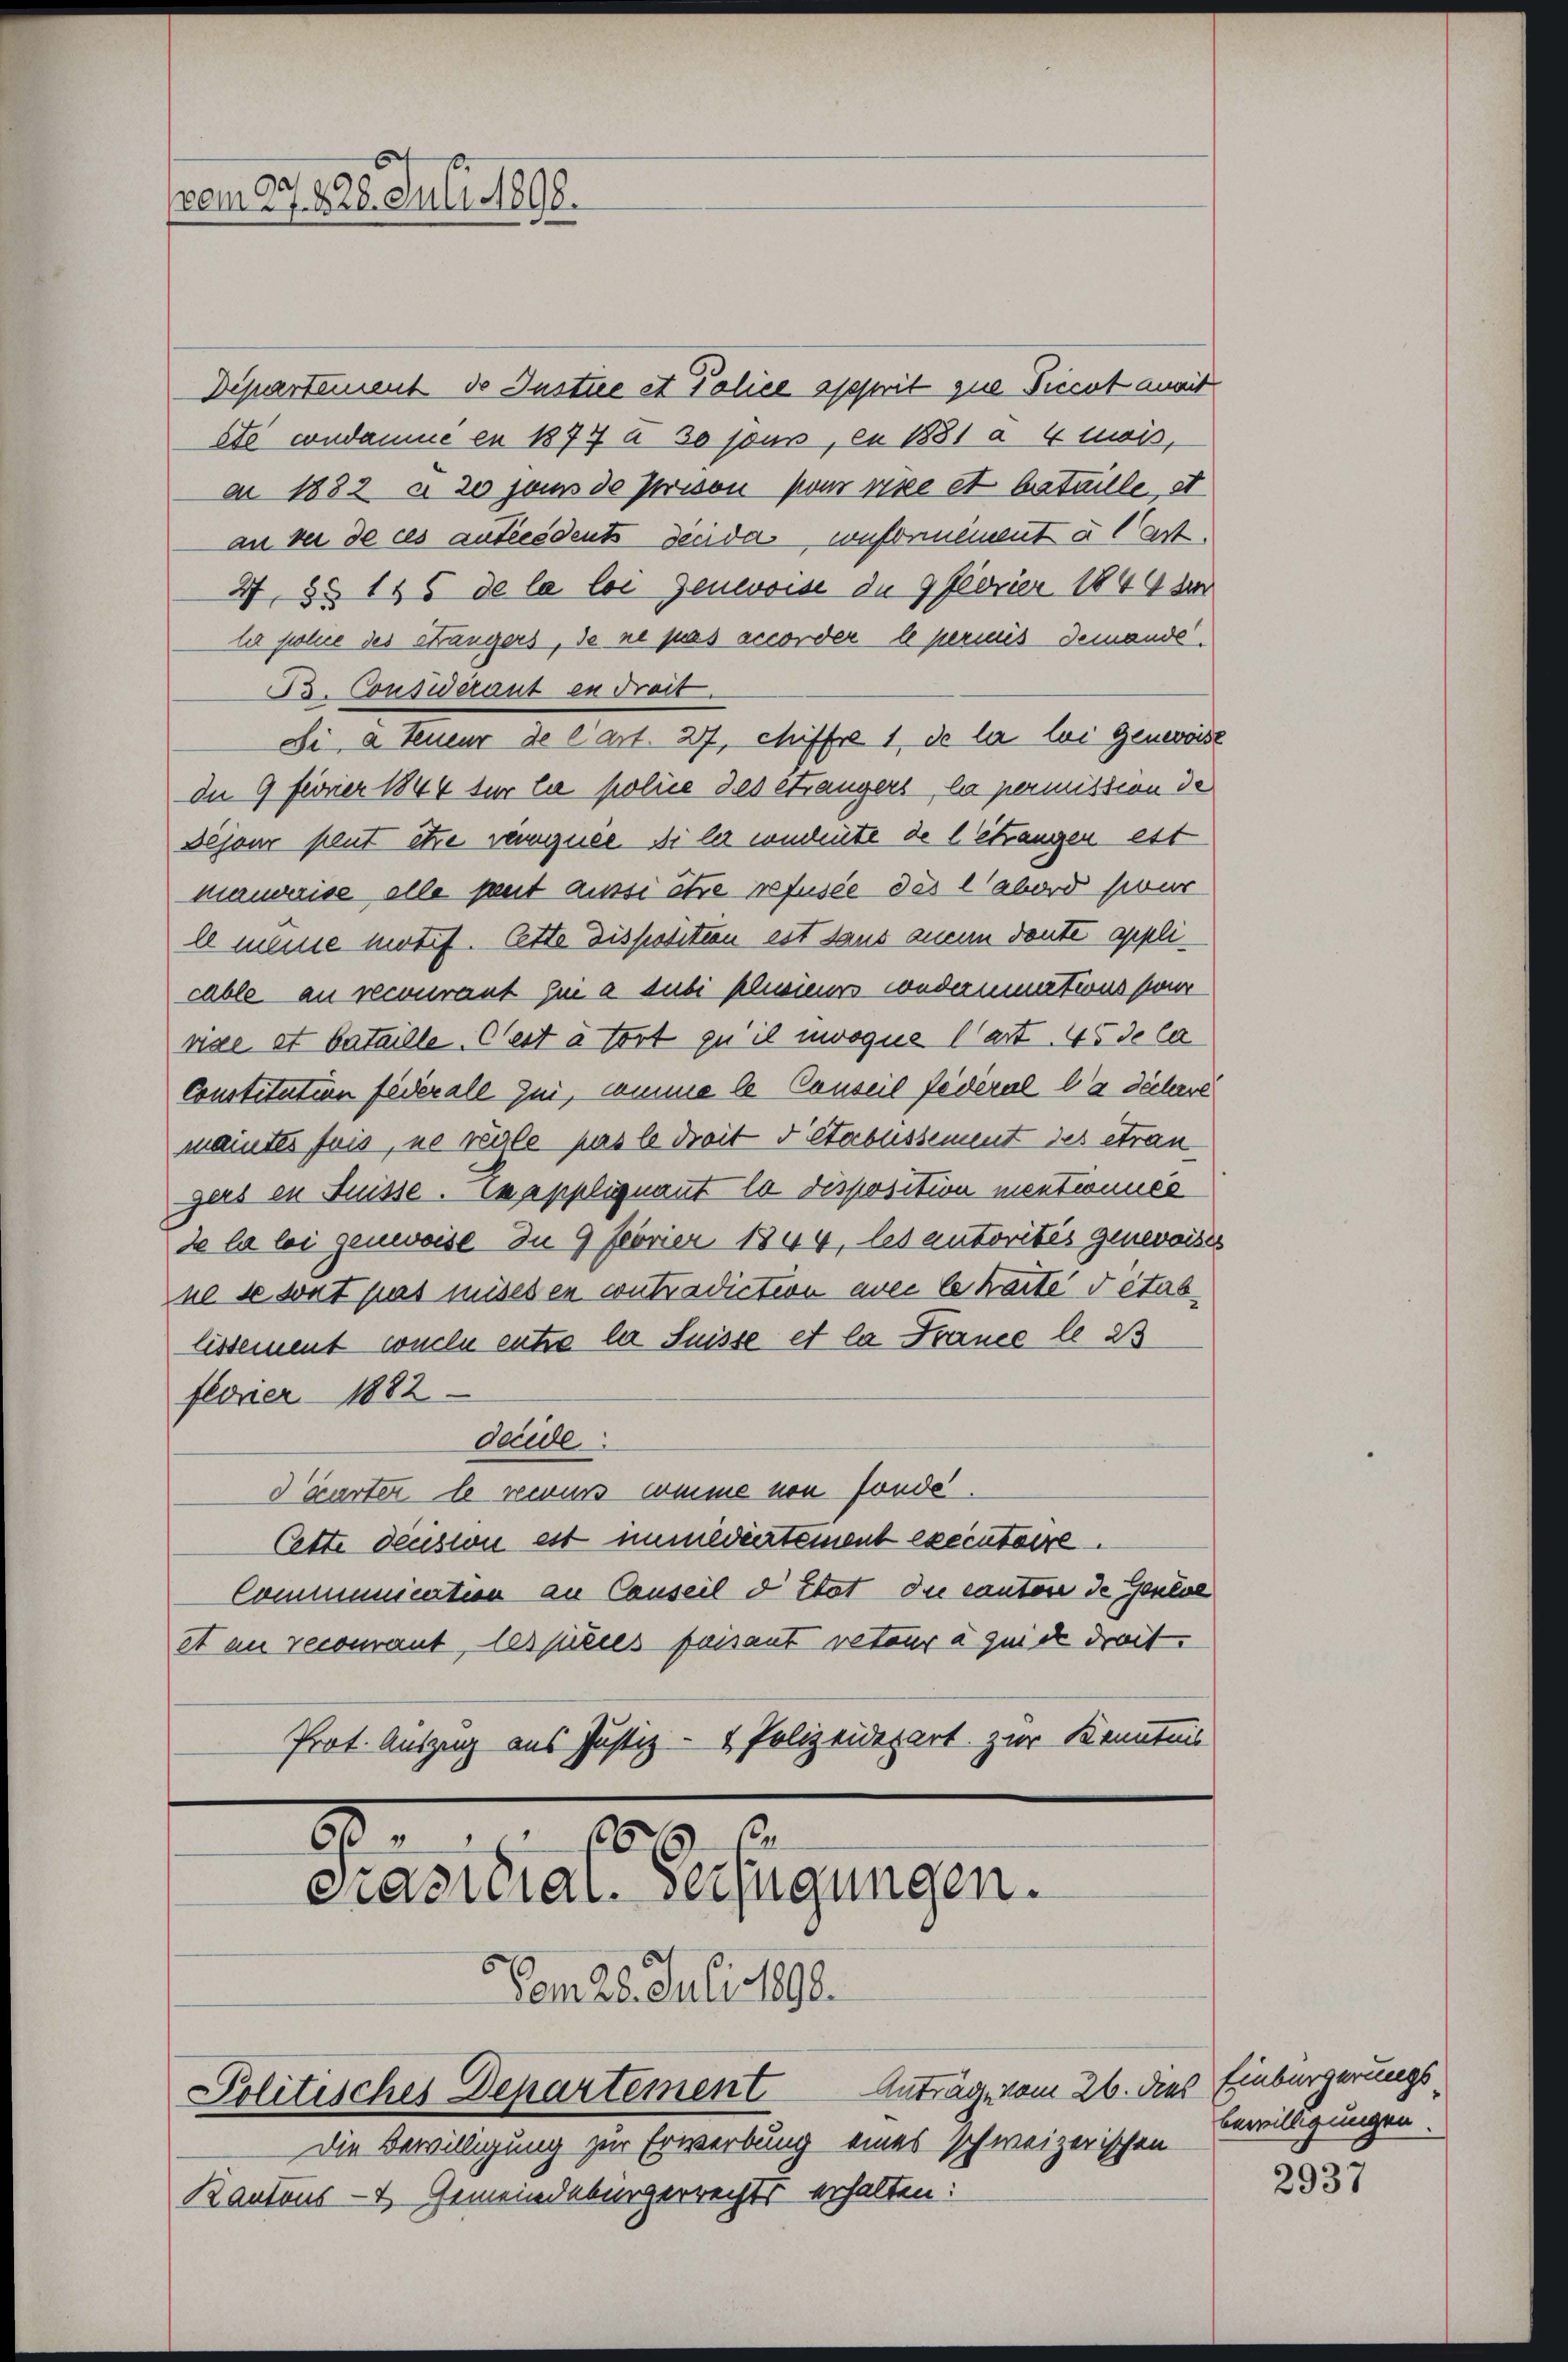
vem Ao. 1828. Juli 1898.

Departement de Justice et Police apprit que Ticcot anmit
etc condamne en 1877 à 30 pus, en 1881 a 4 mais,
a 1882 a 20 Jans de posson pour rice et bataille et
an der de ces anficédents der das confornement u Art.
47, §§ 115 de la loi Genevoise de 9 feorier 1844 d
la polie des Sängers, de ne pas accorder le permis demande.
B. Cousierant en dreit.
Si a Teueur de l’art. 27, chiffre 1, de la loi Genereist
dn 9 ferner 1844 für die police des étrangers, la permission de
Dejour peut être rangnée. Si le conheute de l. Strangen est
manarise alle peut aussi être refusée des labord secur
E meine motif. Cette Disposition est dans anein deute applicable an recourant die a subi schwieurs sondernitions sowe
vise et bataille, est à tort zu il mvoque l’art. 45 de la
Constitation federall Zui, comme le Conseil fédéral la dichere
maintes fois, ne regle pas le dreit d Stabussement des étran
gers en fuisse. Wapplignant la disposition mentionnée
de la loi genweise. In 9 Feorier 1844, les autorités genevoises
ne se tat pas mises en contradiction avec le karte détab
lissement weile entre la Suisse et la France le 25
floner 1882
deeide
dwärter le recurs comme von fonde.
Cette denston est immediertement executarre
Communicirten an Conseil d’Etat die canton de Genève
et an recomant, les pries faisant retour à quicke dreit.
Prot. Auszug aus Justiz- & Polizeidepart zur Kenntnis

Vom 28. Juli 1890.
Anträge vom 26. dies
Politisches Departement
Die Bewilligung zur Erwerbung eines schweizerischen
Kantons- & Gemeindebürgerrechts erhalten:

8
6
Präsidial-Verfügungen.

Einbürgerungs
bewilligungen

2937